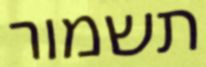
תשמור